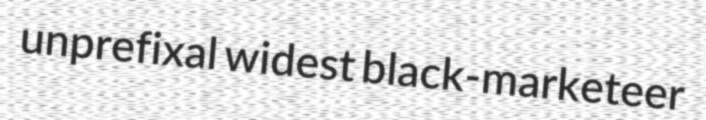
unprefixal widest black-marketeer